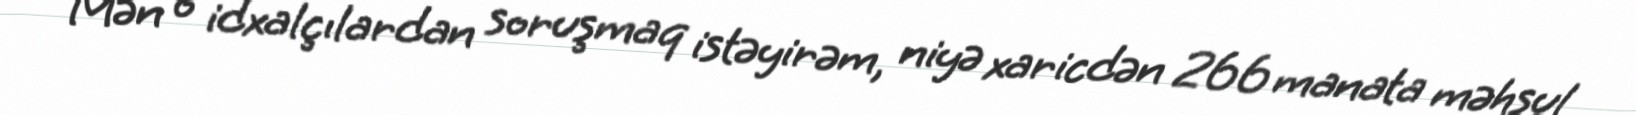
Mən o idxalçılardan soruşmaq istəyirəm, niyə xaricdən 266 manata məhsul